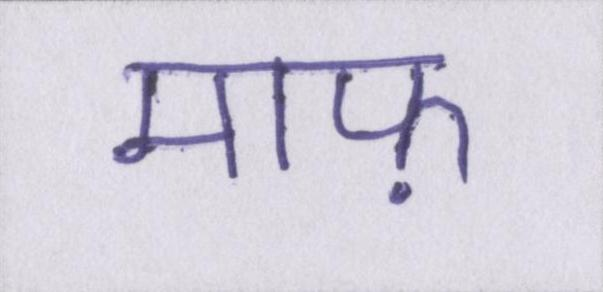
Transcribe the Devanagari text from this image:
माफ़